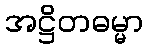
အဋ္ဌိတဓမ္မာ